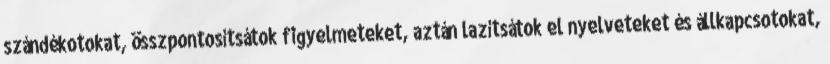
szándékotokat, összpontosítsátok figyelmeteket, aztán lazítsátok el nyelveteket és állkapcsotokat,